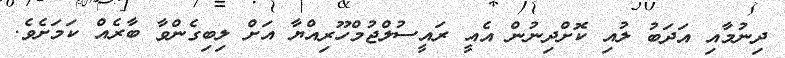
ދިނުމާއި އަދަބު ލުއި ކޮށްދިނުން އެއީ ރައީސުލްޖުމްހޫރިއްޔާ އަށް ލިބިގެންވާ ބާރެއް ކަމަށެވެ.